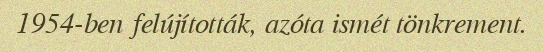
1954-ben felújították, azóta ismét tönkrement.